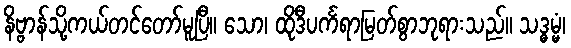
နိဗ္ဗာန်သို့ကယ်တင်တော်မူပြီ။ သော၊ ထိုဒီပင်္ကရာမြတ်စွာဘုရားသည်။ သဒ္ဓမ္မံ၊